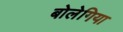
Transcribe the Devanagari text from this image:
बोलेगिया